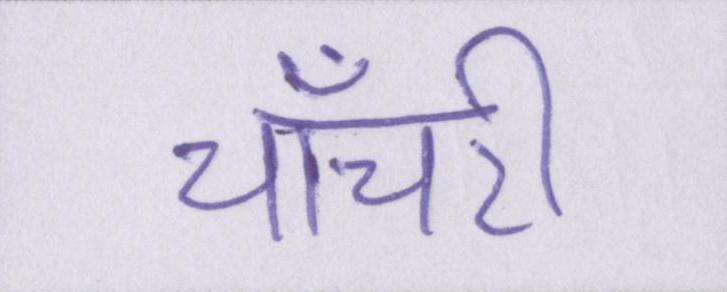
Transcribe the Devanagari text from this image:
चाँचरी